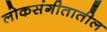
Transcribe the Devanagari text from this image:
लोकसंगीतातील